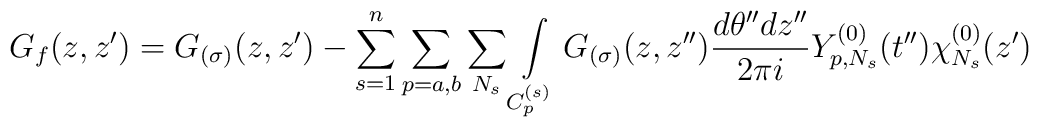
G_f(z,z')=G_{(\sigma)} (z,z')-\sum_{s=1}^n\sum_{p=a,b}\sum_{N_s}\int\limits_{C_p^{(s)}}G_{(\sigma)} (z,z'')\frac{d\theta'' dz''} {2\pi i}Y_{p,N_s}^{(0)}(t'')\chi_{N_s}^{(0)}(z')